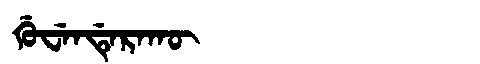
Manchu: ᡤᡠᠸᡝᠨᡩᡝᡵᠠᡴᡡ
Romanization: GUWENDERAKŪ